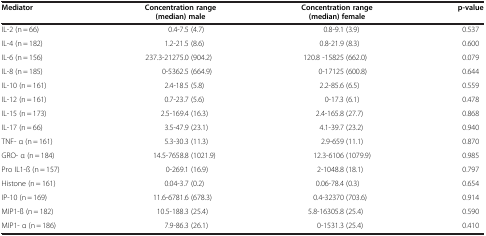
| Mediator | Concentration range (median) male | Concentration range (median) female | p-value |
 | --- | --- | --- | --- |
 | IL-2 (n = 66) | 0.4-7.5 (4.7) | 0.8-9.1 (3.9) | 0.537 |
 | IL-4 (n = 182) | 1.2-21.5 (8.6) | 0.8-21.9 (8.3) | 0.600 |
 | IL-6 (n = 156) | 237.3-21275.0 (904.2) | 120.8 -15825 (662.0) | 0.079 |
 | IL-8 (n = 185) | 0-5362.5 (664.9) | 0-17125 (600.8) | 0.644 |
 | IL-10 (n = 161) | 2.4-18.5 (5.8) | 2.2-85.6 (6.5) | 0.559 |
 | IL-12 (n = 161) | 0.7-23.7 (5.6) | 0-17.3 (6.1) | 0.478 |
 | IL-15 (n = 173) | 2.5-169.4 (16.3) | 2.4-165.8 (27.7) | 0.868 |
 | IL-17 (n = 66) | 3.5-47.9 (23.1) | 4.1-39.7 (23.2) | 0.940 |
 | TNF- α (n = 161) | 5.3-30.3 (11.3) | 2.9-659 (11.1) | 0.870 |
 | GRO- α (n = 184) | 14.5-7658.8 (1021.9) | 12.3-6106 (1079.9) | 0.985 |
 | Pro IL1-ß (n = 157) | 0-269.1 (16.9) | 2-1048.8 (18.1) | 0.797 |
 | Histone (n = 161) | 0.04-3.7 (0.2) | 0.06-78.4 (0.3) | 0.654 |
 | IP-10 (n = 169) | 11.6-6781.6 (678.3) | 0.4-32370 (703.6) | 0.914 |
 | MIP1-ß (n = 182) | 10.5-188.3 (25.4) | 5.8-16305.8 (25.4) | 0.590 |
 | MIP1- α (n = 186) | 7.9-86.3 (26.1) | 0-1531.3 (25.4) | 0.410 |